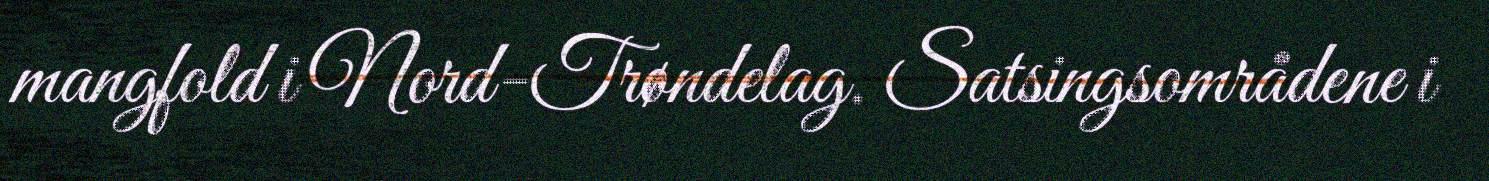
mangfold i Nord-Trøndelag. Satsingsområdene i